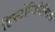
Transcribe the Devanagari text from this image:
हिस्टोजिनेसिस